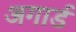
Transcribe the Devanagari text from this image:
अगार्ड